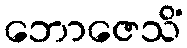
ဘောဇေသိံ